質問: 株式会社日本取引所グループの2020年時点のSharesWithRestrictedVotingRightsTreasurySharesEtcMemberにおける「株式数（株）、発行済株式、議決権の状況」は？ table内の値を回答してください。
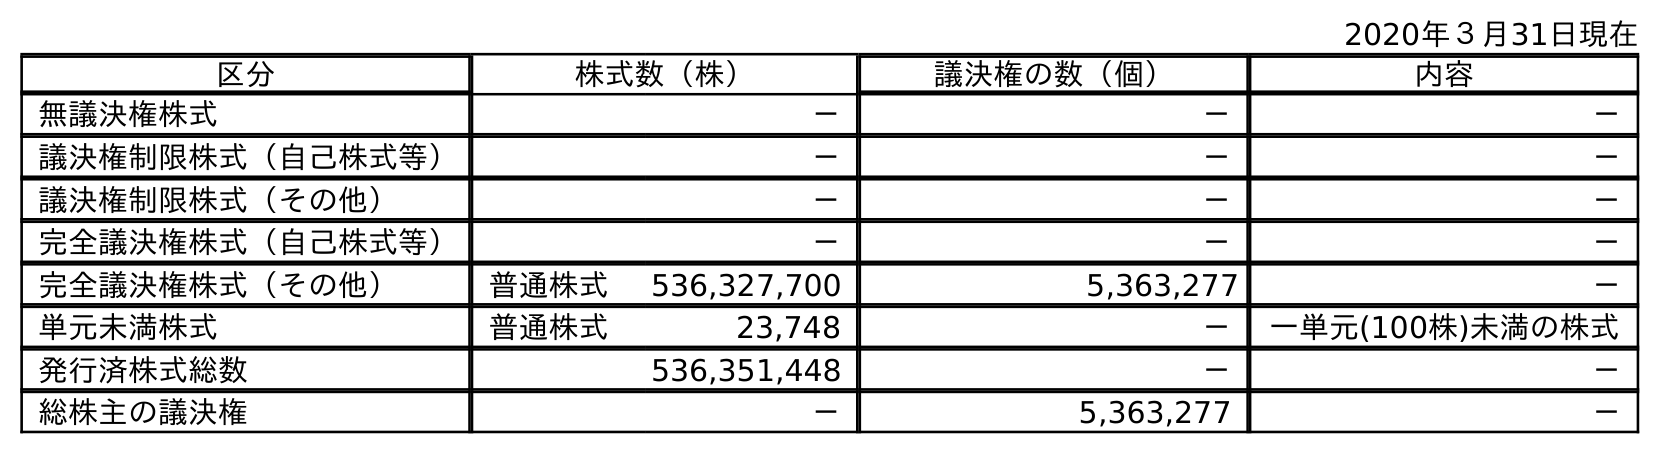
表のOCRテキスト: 2020年３月31日現在 区分 株式数（株） 議決権の数（個） 内容 無議決権株式 － － － 議決権制限株式（自己株式等） － － － 議決権制限株式（その他） － － － 完全議決権株式（自己株式等） － － － 完全議決権株式（その他） 普通株式 536,327,700 5,363,277 － 単元未満株式 普通株式 23,748 － 一単元(100株)未満の株式 発行済株式総数 536,351,448 － － 総株主の議決権 － 5,363,277 －
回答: －